Annual report of the Punjab Veterinary College and of the Civil Veterinary Department, Punjab - 1920-1925
Year: 1920
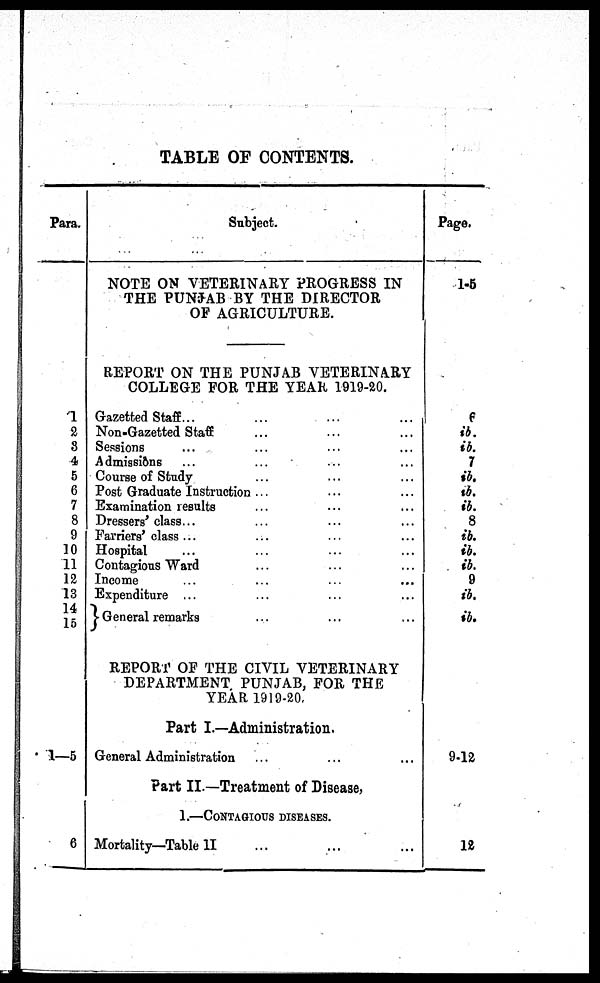
TABLE OF CONTENTS.
Para.
1
2
3
4
5
6
7
8
9
10
11
12
13
14
15
1—5
6
Subject.
NOTE ON VETERINARY PROGRESS IN
THE PUNJAB BY THE DIRECTOR
OF AGRICULTURE.
REPORT ON THE PUNJAB VETERINARY
COLLEGE FOR THE YEAR 1919-20.
Gazetted Staff ... ... ... ...
Non-Gazetted Staff ... ... ...
Sessions ... ... ... ...
Admissions ... ... ... ...
Course of Study ... ... ...
Post Graduate Instruction ... ... ...
Examination results ... ... ...
Dressers' class... ... ... ...
Farriers' class ... ... ... ...
Hospital ... ... ... ...
Contagious Ward ... ... ...
Income ... ... ... ...
Expenditure ... ... ... ...
General remarks ... ... ... ...
REPORT OF THE CIVIL VETERINARY
DEPARTMENT PUNJAB, FOR THE
YEAR 1919-20.
Part I.—Administration.
General Administration ... ... ...
Part II.—Treatment of Disease,
1.—CONTAGIOUS DISEASES.
Mortality—Table II ... ... ...
Page.
1-5
6
ib.
ib.
7
ib.
ib.
ib.
8
ib.
ib.
ib.
9
ib.
ib.
9-12
12